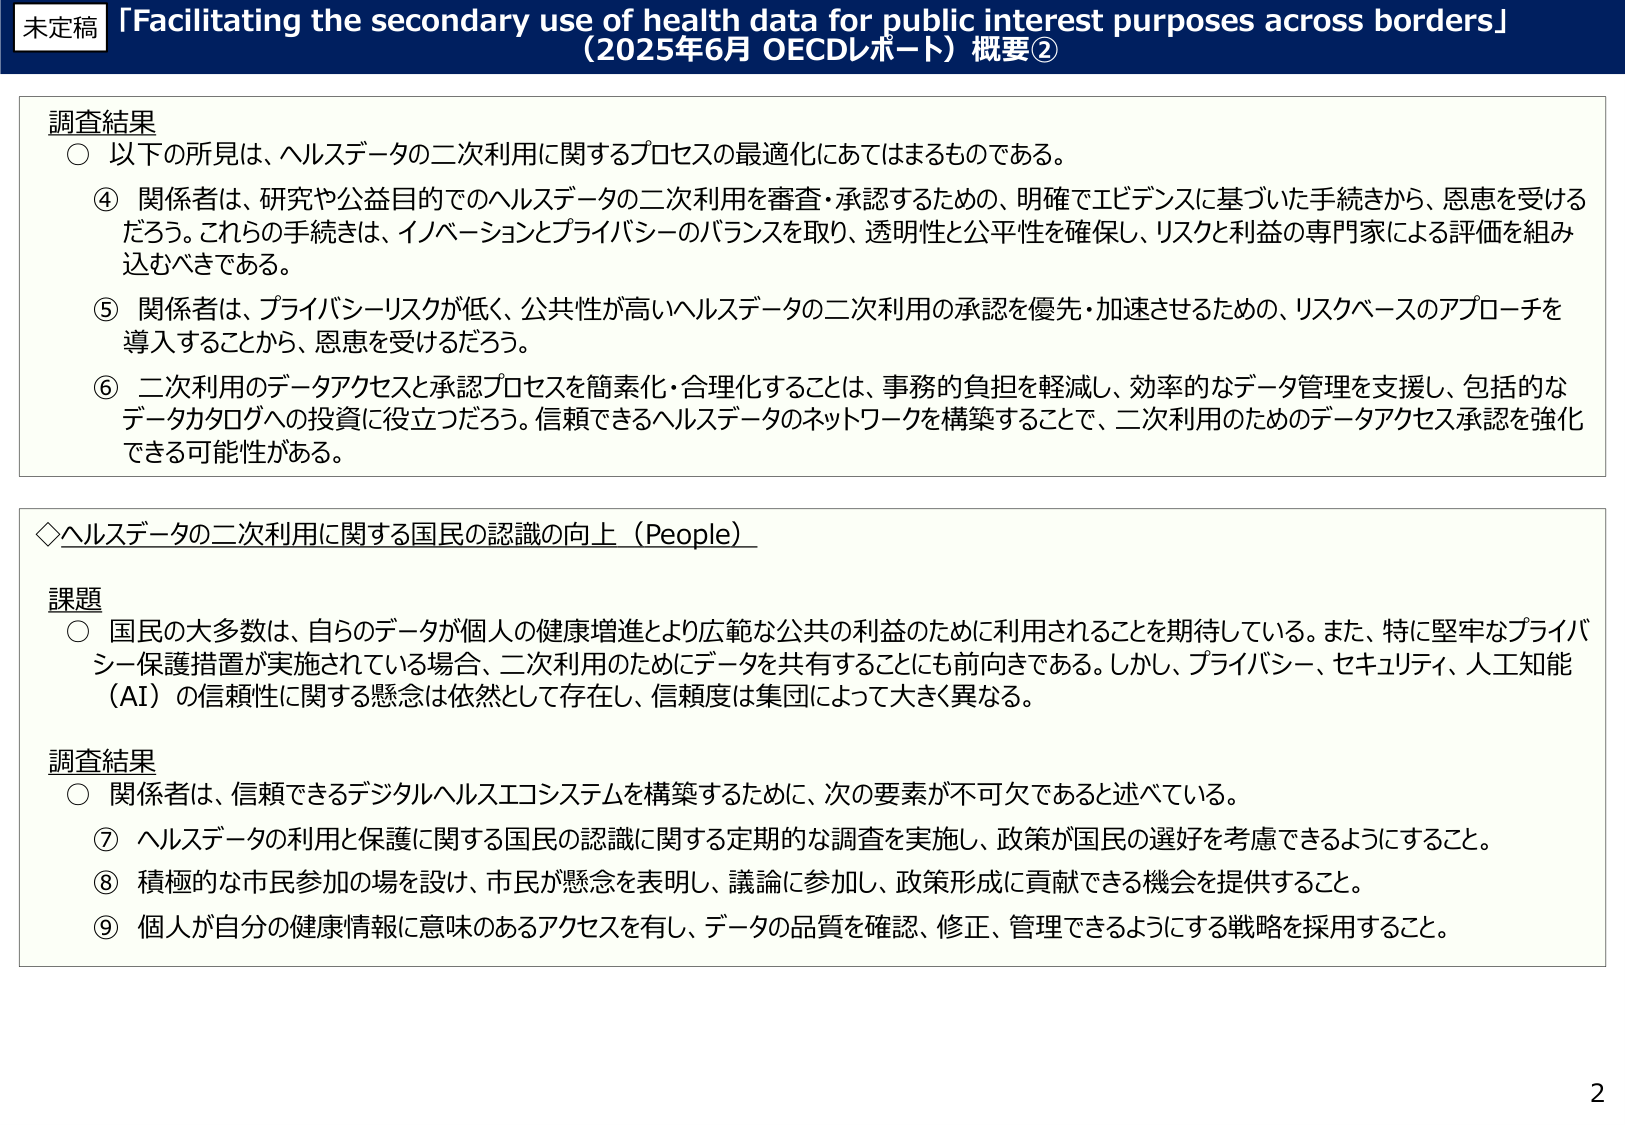
未定稿
「Facilitating the secondary use of health data for public interest purposes across borders」
（2025年6月 OECDレポート）概要②

調査結果
○ 以下の所見は、ヘルスデータの二次利用に関するプロセスの最適化にあてはまるものである。
④ 関係者は、研究や公益目的でのヘルスデータの二次利用を審査・承認するための、明確でエビデンスに基づいた手続きから、恩恵を受けるだろう。これらの手続きは、イノベーションとプライバシーのバランスを取り、透明性と公平性を確保し、リスクと利益の専門家による評価を組み込むべきである。
⑤ 関係者は、プライバシーリスクが低く、公共性が高いヘルスデータの二次利用の承認を優先・加速させるための、リスクベースのアプローチを導入することから、恩恵を受けるだろう。
⑥ 二次利用のデータアクセスと承認プロセスを簡素化・合理化することは、事務的負担を軽減し、効率的なデータ管理を支援し、包括的なデータカタログへの投資に役立つだろう。信頼できるヘルスデータのネットワークを構築することで、二次利用のためのデータアクセス承認を強化できる可能性がある。

◇ヘルスデータの二次利用に関する国民の認識の向上（People）

課題
○ 国民の大多数は、自らのデータが個人の健康増進とより広範な公共の利益のために利用されることを期待している。また、特に堅牢なプライバシー保護措置が実施されている場合、二次利用のためにデータを共有することにも前向きである。しかし、プライバシー、セキュリティ、人工知能（AI）の信頼性に関する懸念は依然として存在し、信頼度は集団によって大きく異なる。

調査結果
○ 関係者は、信頼できるデジタルヘルスエコシステムを構築するために、次の要素が不可欠であると述べている。
⑦ ヘルスデータの利用と保護に関する国民の認識に関する定期的な調査を実施し、政策が国民の選好を考慮できるようにすること。
⑧ 積極的な市民参加の場を設け、市民が懸念を表明し、議論に参加し、政策形成に貢献できる機会を提供すること。
⑨ 個人が自分の健康情報に意味のあるアクセスを有し、データの品質を確認、修正、管理できるようにする戦略を採用すること。

2